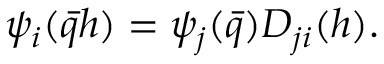
\psi _ { i } ( \bar { q } h ) = \psi _ { j } ( \bar { q } ) D _ { j i } ( h ) .